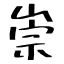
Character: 崇